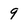
Character: 9